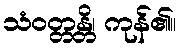
သံဝတ္တန္တိ၊ ကုန်၏။